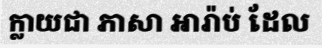
ក្លាយជា ភាសា អារ៉ាប់ ដែល